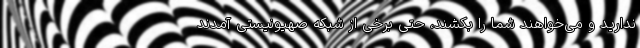
ندارید و می‌خواهند شما را بُکُشند، حتی برخی از شبکه صهیونیستی آمدند